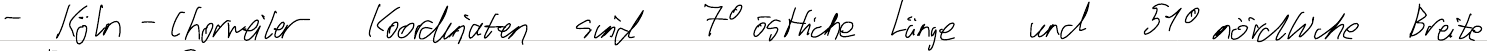
- Köln - Chorweiler Koordinaten sind 7° östliche Länge und 51° nördliche Breite